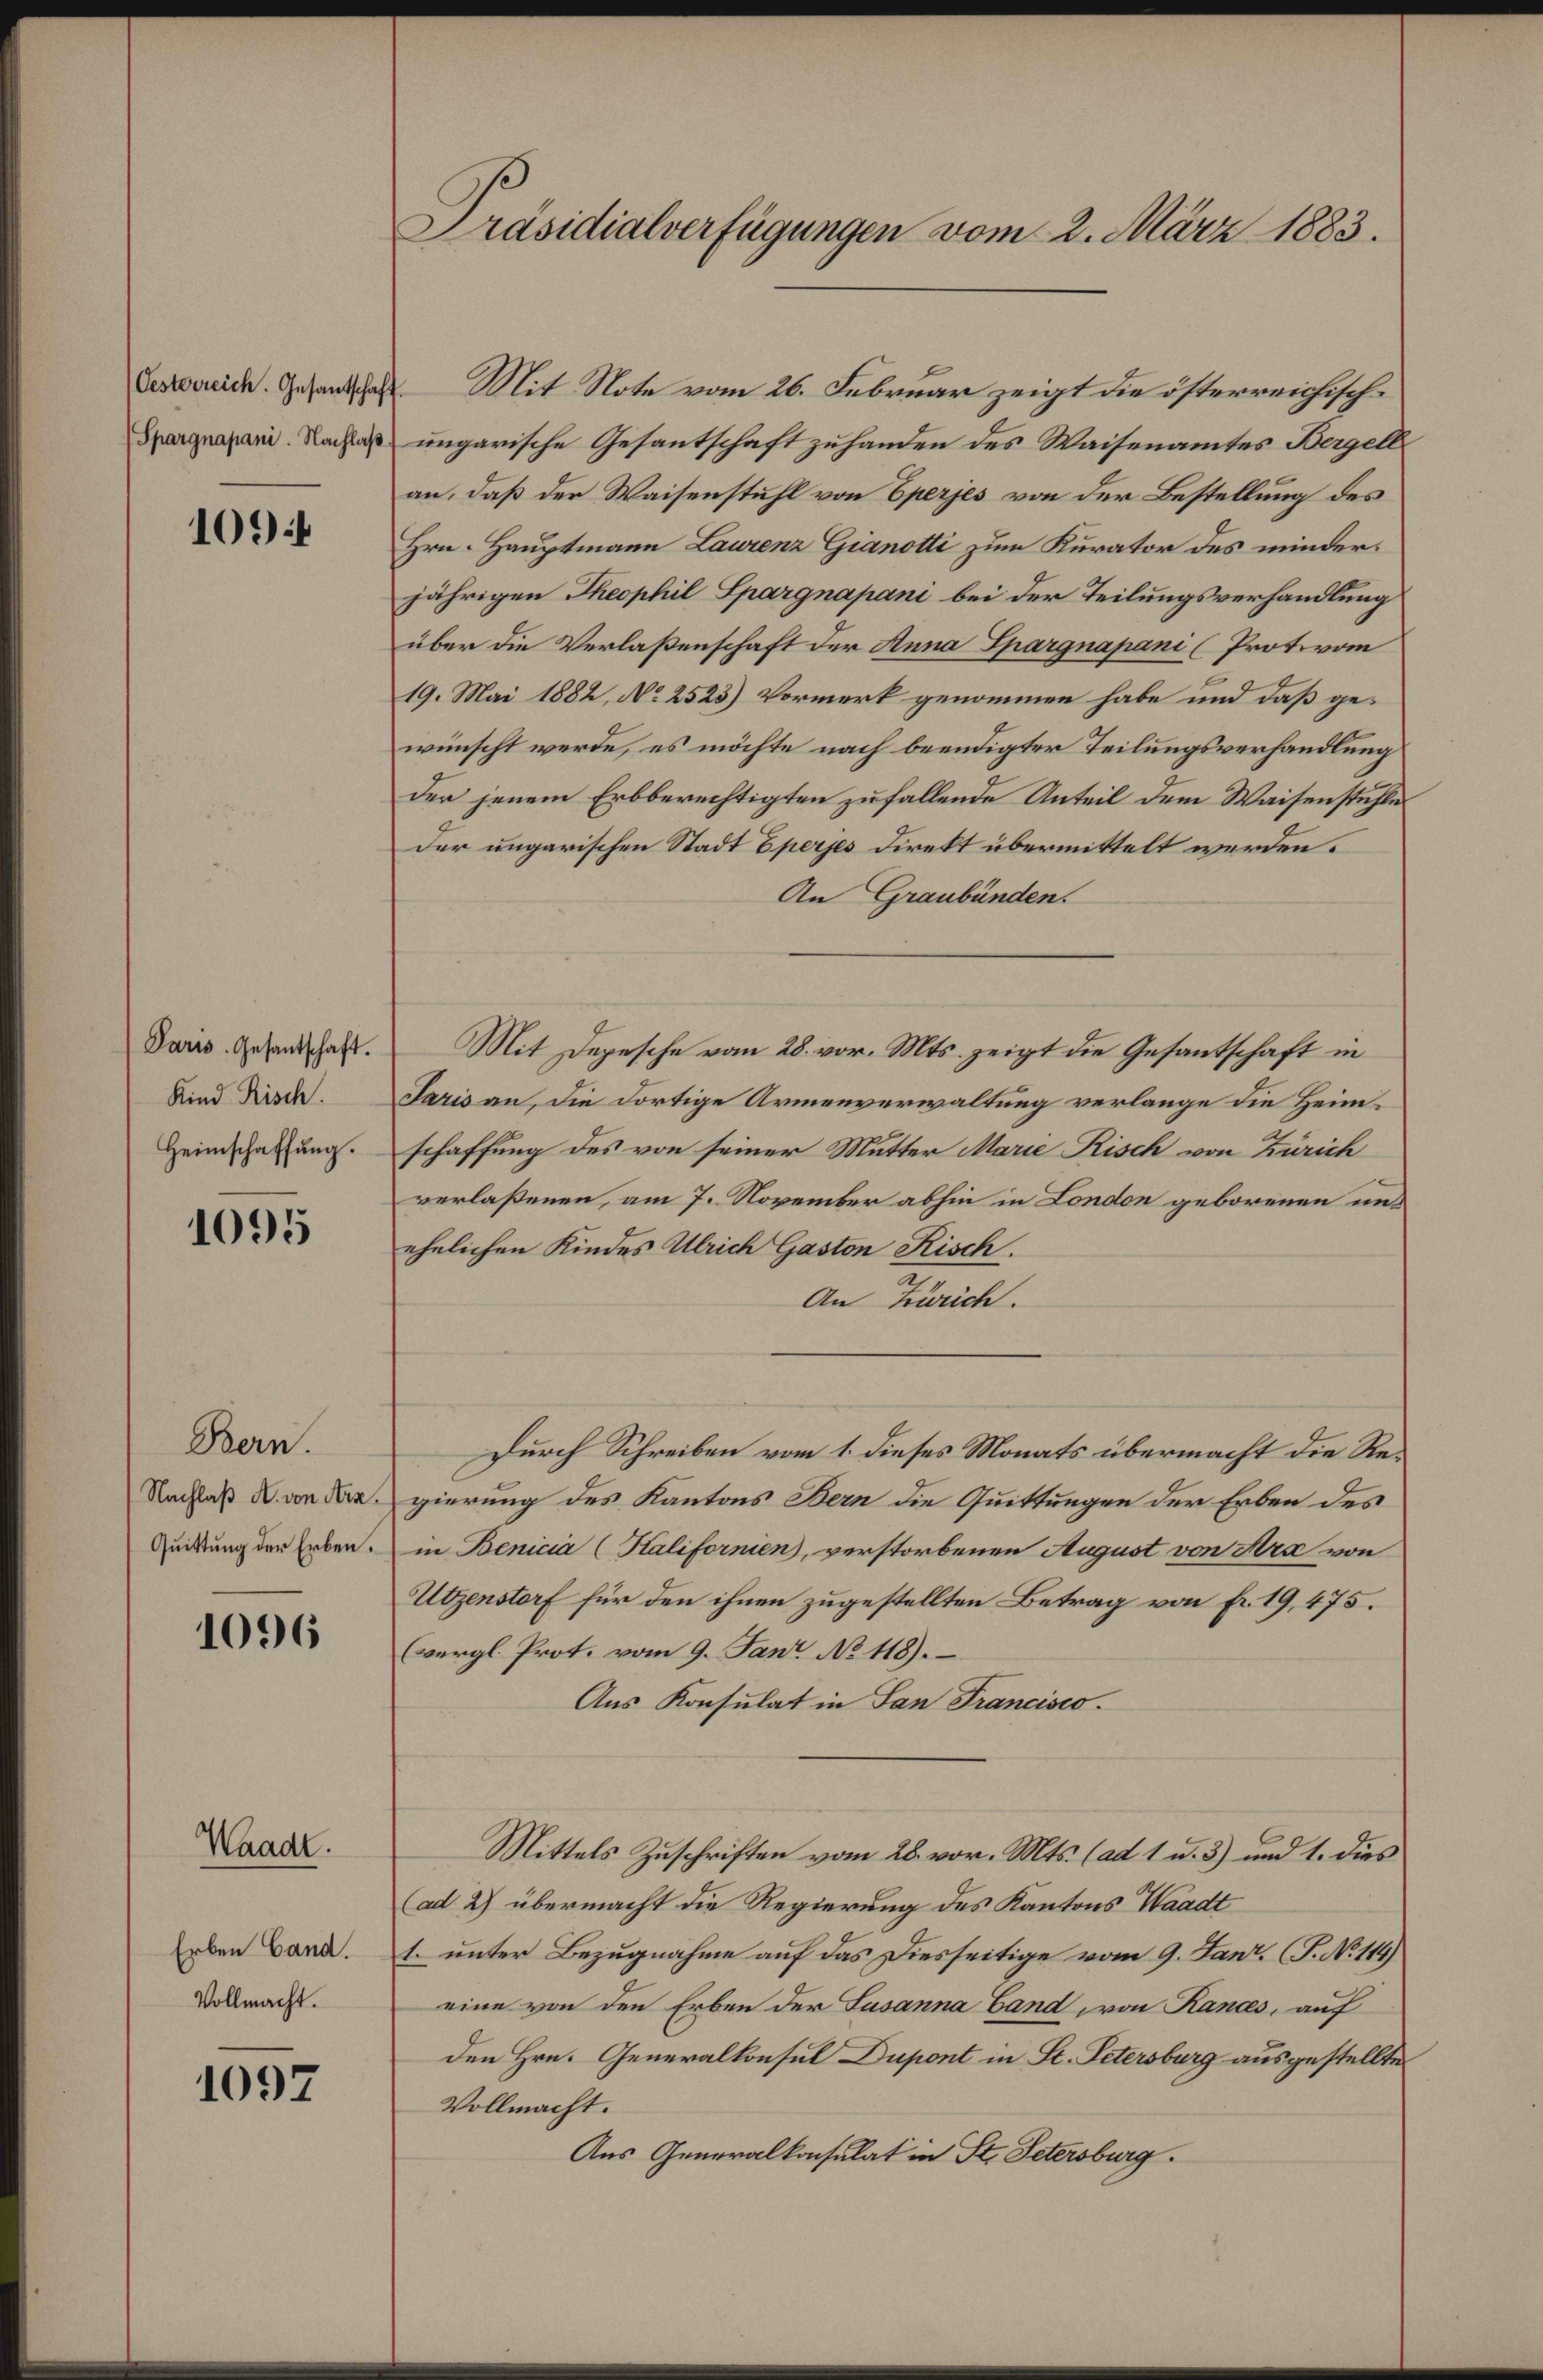
Oesterreich. Gesandtschaft
Spargnapani. Nachlaß

1094

Paris Gesantschaft.
Kind Risch.
Heimschaffung.

1095

Bern.
Nachlaß M. von Arn.
Quittung der Erben.

1096

Waadt.
Erben Cand.
Vollmacht.

1097

Präsidialverfügungen vom 2. März 1883.

Mit Note vom 26. Februar zeigt die österreichischungarische Gesantschaft zuhanden des Waisenamtes Bergellan, daß der Waisenstuhl von Eperjes von der Bestellung des
Hrn. Hauptmann Laurenz Gianotti zum Kurator des minderjährigen Theophil Spargnapani bei der Teilungsverhandlung
über die Verlaßenschaft der Anna Spargnapani (Protovon
19. Mai 1882, No 2523) Vormerk genommen habe und daß gewünscht werde, es möchte nach beendigter Teilungsverhandlung
der jenem Erbberechtigten zufallende Anteil dem Waisenstühle
Der ungarischen Stadt Eperjes Direkt übermittelt werden.
An Graubünden.
Mit Depesche vom 28. vor. Mts. zeigt die Gesantschaft in
Jaris an, die dortige Armenverwaltung verlange die Heimschaffung des von seiner Mutter Marie Risch von Zürich
verlaßenen, am 7. November abhin in London geborenen unehelichen Kindes Ulrich Gaston Risch.
An Zürich.
durch Schreiben vom 1. dieses Monats übermacht die Regierung des Kantons Bern die Quittungen der Erben des
in Benicia (Kalifornien, verstorbenen August von Ara von
Utzenstorf für den ihnen zugestellten Betrag von fr. 19, 475.
(vergl. Prot. vom 9. Jan No 118).
Aus Konsulat in San Francisco
Mittels Zuschriften vom 28. vor. Mts. (ad 1 u. 3) und 1. dies
(ad 2) übermacht die Regierung des Kantons Waadt
1. unter Bezugnahme auf das Diesseitige vom 9. Janz. (T. No 114)
eine von den Erben der Susanna Band von Rances, auf
den Hrn. Generalkonsul Dupont in St. Petersburg ausgestellte
Vollmacht.
Aus Generalkonsulat in St. Petersburg.